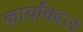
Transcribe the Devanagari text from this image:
कार्यांबद्दल